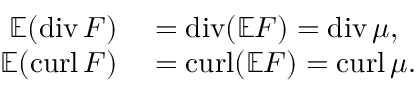
\begin{array} { r l } { \mathbb { E } ( \mathrm { d i v } \, F ) } & { { } = \mathrm { d i v } ( \mathbb { E } F ) = \mathrm { d i v } \, \mu , } \\ { \mathbb { E } ( \mathrm { c u r l } \, F ) } & { { } = \mathrm { c u r l } ( \mathbb { E } F ) = \mathrm { c u r l } \, \mu . } \end{array}